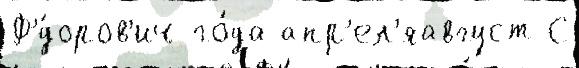
Ф'́доров'ич го́да апр'ел'яавгуст С